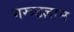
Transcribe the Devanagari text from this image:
गरूड़ज्ञान